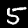
Label: 5